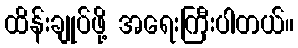
ထိန်းချုပ်ဖို့ အရေးကြီးပါတယ်။